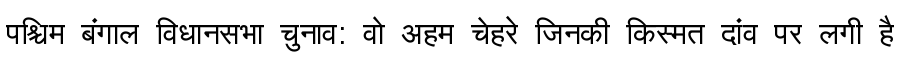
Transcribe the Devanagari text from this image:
पश्चिम बंगाल विधानसभा चुनाव: वो अहम चेहरे जिनकी किस्मत दांव पर लगी है